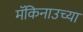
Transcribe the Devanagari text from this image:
मॅकिनाउच्या